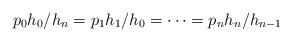
LaTeX: \begin{align*}p_0h_0/h_n = p_1 h_1/h_0 = \cdots = p_n h_n/h_{n-1} \ \ \end{align*}